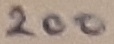
Text: 200